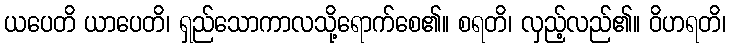
ယပေတိ ယာပေတိ၊ ရှည်သောကာလသို့ရောက်စေ၏။ စရတိ၊ လှည့်လည်၏။ ဝိဟရတိ၊